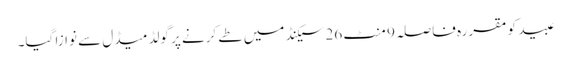
عبید کو مقررہ فاصلہ 9 منٹ 26سیکنڈ میں طے کرنے پر گولڈ میڈل سے نوازا گیا۔